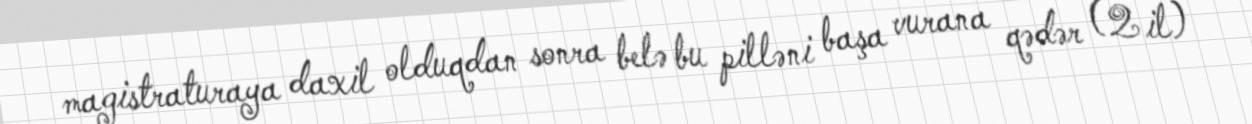
magistraturaya daxil olduqdan sonra belə bu pilləni başa vurana qədər (2 il)